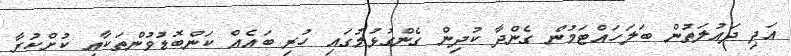
އަދި ދައުލަތުން ބަލަހައްޓަމުން ގެންދާ ކުދިން ގެންގުޅުމުގައި ހުރި ބައެއް ކަންބޮޑުވުންތަކާއި ކުށްކުރާ